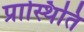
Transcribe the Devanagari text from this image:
प्रास्थिति